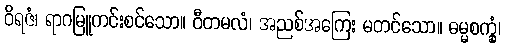
ဝိရဇံ၊ ရာဂမြူကင်းစင်သော။ ဝီတမလံ၊ အညစ်အကြေး မတင်သော။ ဓမ္မစက္ခုံ၊